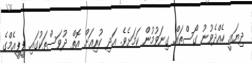
ދިޔައީ ހެއްދެވުނު ގޯސްތައް ގިނަވުމުން ކަމަށެވެ. އަދި ކުރިއަށް އޮތް ދުވަސްތަކުގައި ޕީޕީއެމްގެ